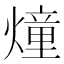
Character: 燑